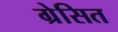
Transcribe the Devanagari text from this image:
ग्रेसित